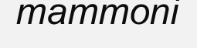
mammoni